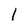
Character: l